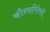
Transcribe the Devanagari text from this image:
कौन्सपिरेसी